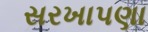
સરખાપણા